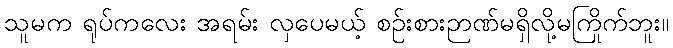
သူမက ရုပ်ကလေး အရမ်း လှပေမယ့် စဉ်းစားဉာဏ်မရှိလို့မကြိုက်ဘူး။